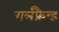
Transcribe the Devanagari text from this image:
गर्लफ्रैन्ड